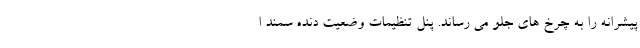
پیشرانه را به چرخ های جلو می رساند. پنل تنظیمات وضعیت دنده سمند ا